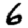
Digit: 6